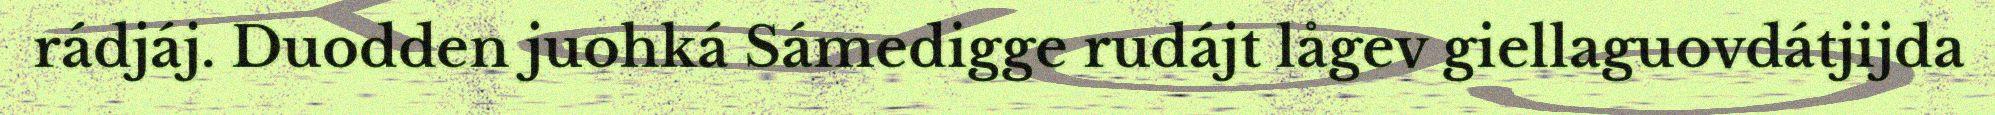
rádjáj. Duodden juohká Sámedigge rudájt lågev giellaguovdátjijda